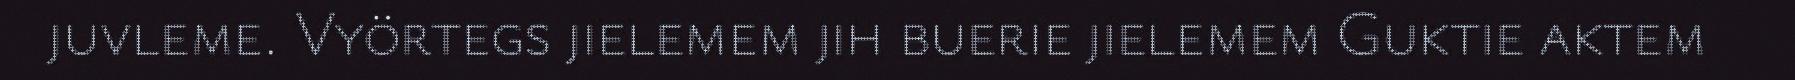
juvleme. Vyörtegs jielemem jih buerie jielemem Guktie aktem